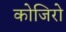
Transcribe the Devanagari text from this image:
कोजिरो